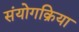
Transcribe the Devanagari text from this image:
संयोगक्रिया